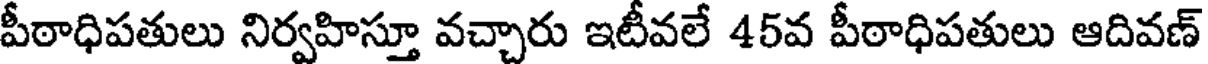
పీఠాధిపతులు నిర్వహిస్తూ వచ్చారు ఇటీవలే 45వ పీఠాధిపతులు ఆదివణ్